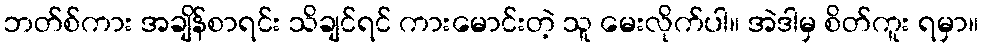
ဘတ်စ်ကား အချိန်စာရင်း သိချင်ရင် ကားမောင်းတဲ့ သူ မေးလိုက်ပါ။ အဲဒါမှ စိတ်ကူး ရမှာ။